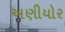
અણીયોર